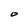
Character: O